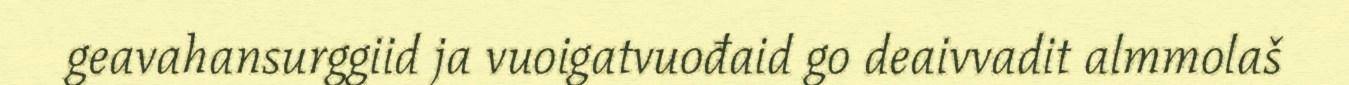
geavahansurggiid ja vuoigatvuođaid go deaivvadit almmolaš